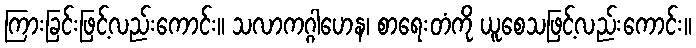
ကြားခြင်းဖြင့်လည်းကောင်း။ သလာကဂ္ဂါဟေန၊ စာရေးတံကို ယူစေသဖြင့်လည်းကောင်း။